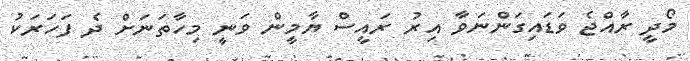
މޯދީ ރާއްޖެ ވަޑައިގަންނަވާ އިރު ރައީސް ޔާމީން ވަނީ މިހާތަނަށް ދެ ފަހަރަކު